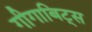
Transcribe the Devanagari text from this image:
गीगाबिट्स